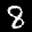
Label: 8